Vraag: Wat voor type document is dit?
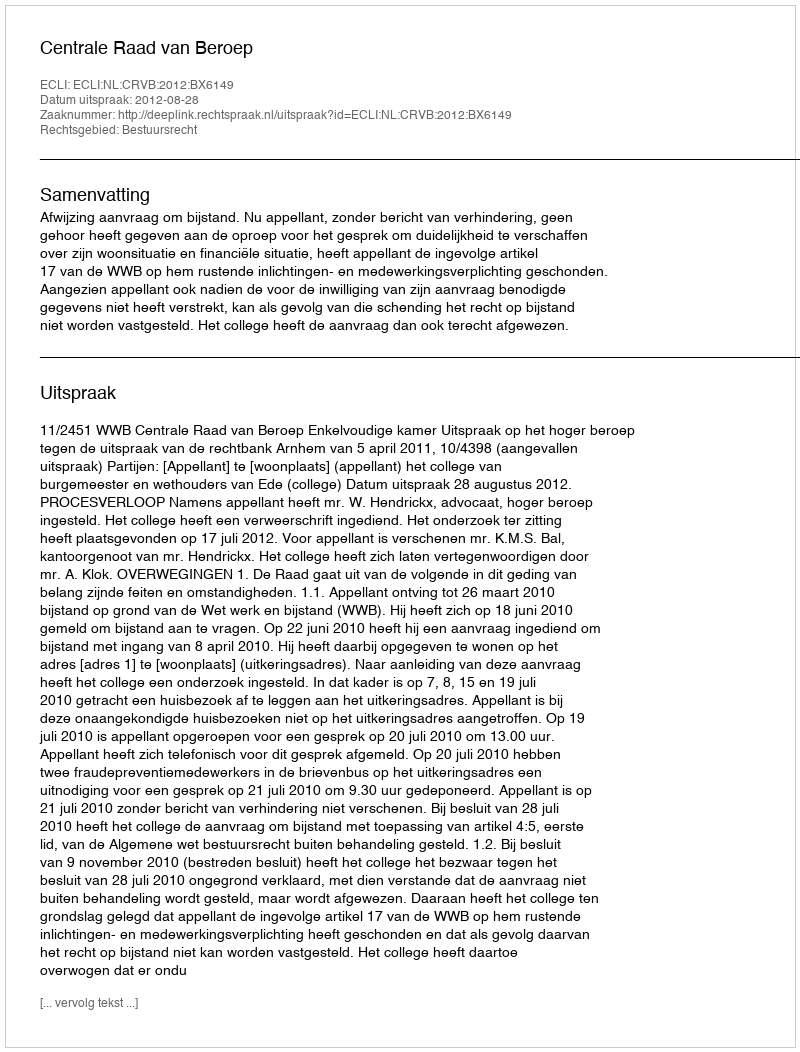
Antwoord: Uitspraak